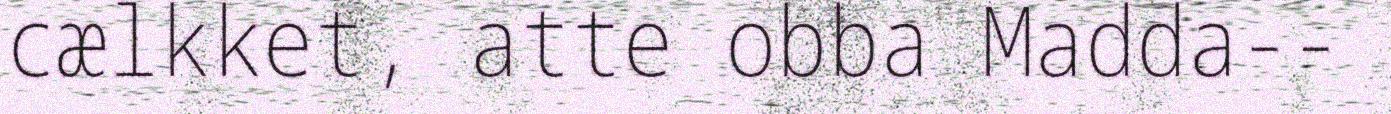
cælkket, atte obba Madda--